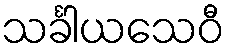
သင်္ခါယသေဝီ